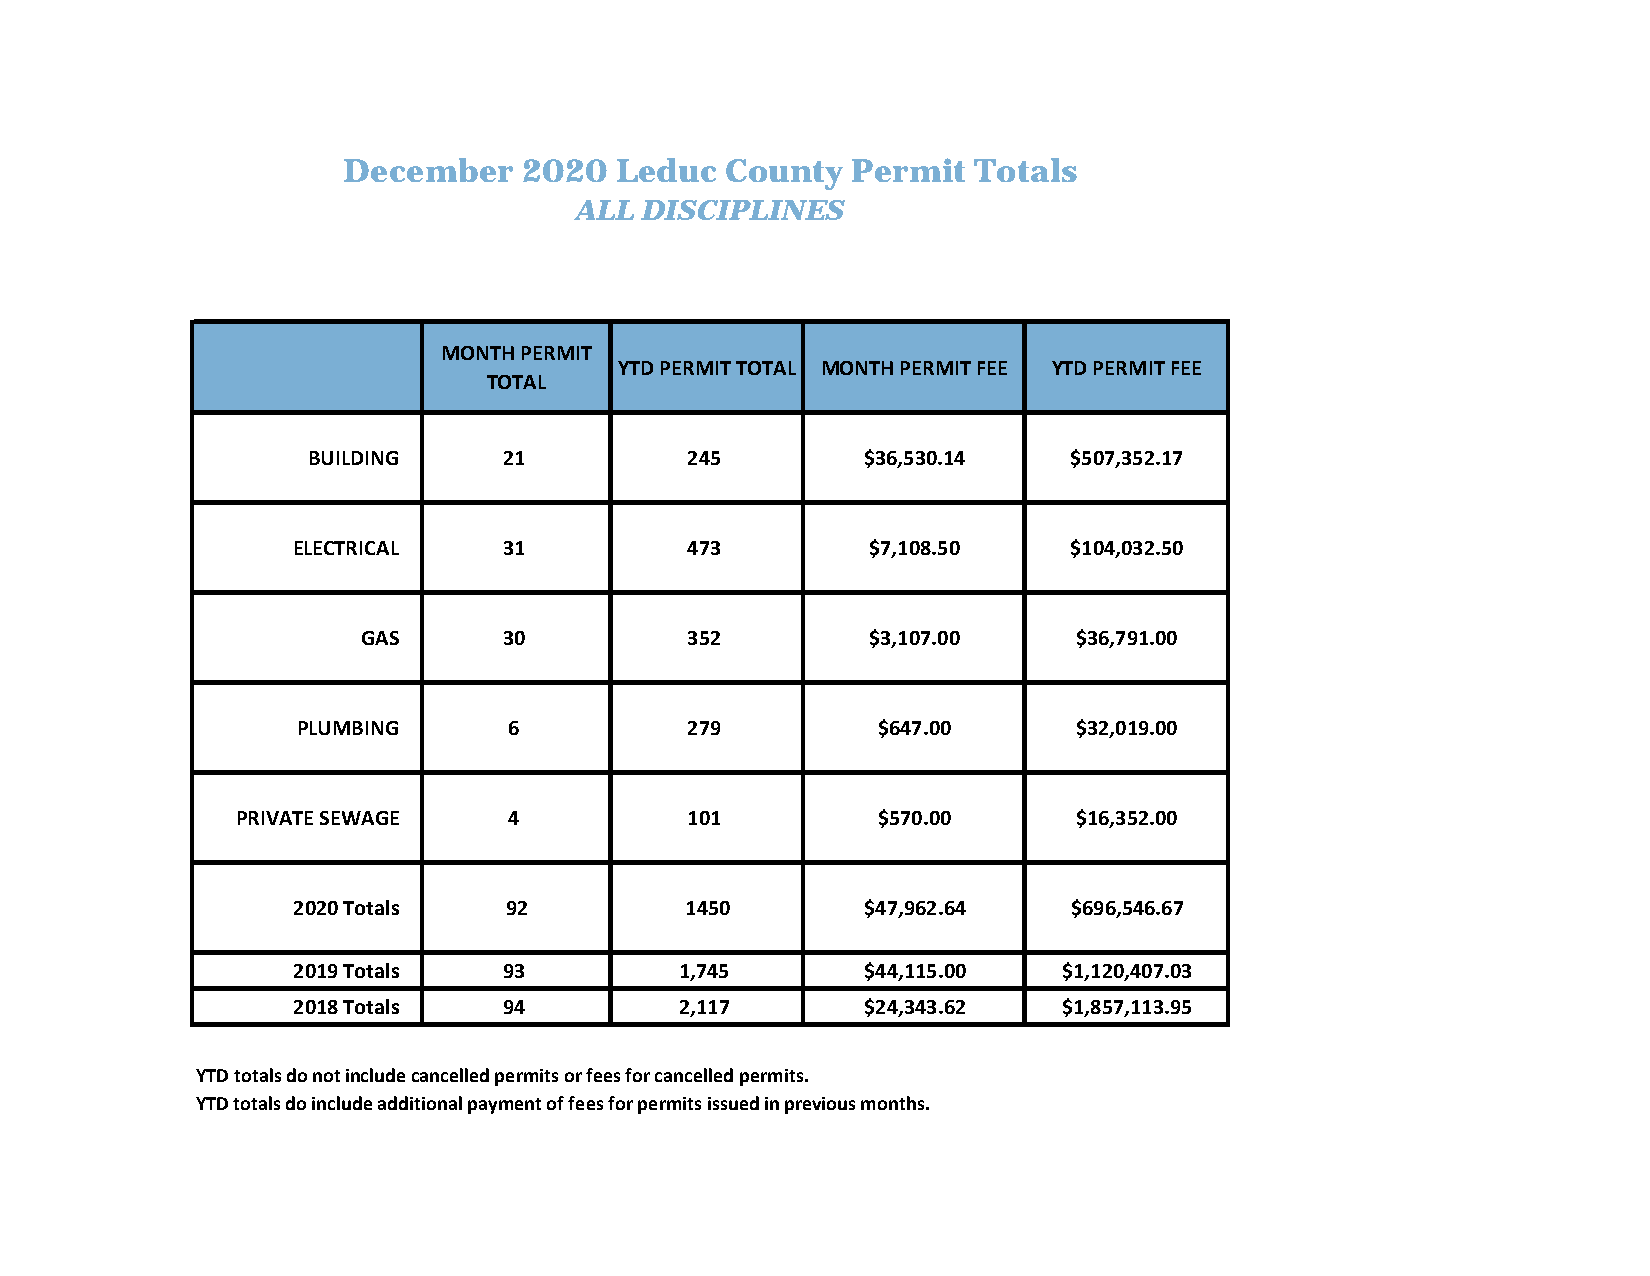
December    2020  Leduc  County   Permit  Totals
 ALL  DISCIPLINES
 MONTH PERMIT
 YTD PERMIT TOTAL MONTH PERMIT FEE YTD PERMIT FEE
 TOTAL
 BUILDING    21           245        $36,530.14    $507,352.17
 ELECTRICAL   31           473         $7,108.50    $104,032.50
 GAS      30           352         $3,107.00    $36,791.00
 PLUMBING      6           279         $647.00      $32,019.00
 PRIVATE SEWAGE    4           101         $570.00      $16,352.00
 2020 Totals   92          1450       $47,962.64    $696,546.67
 2019 Totals  93          1,745       $44,115.00   $1,120,407.03
 2018 Totals  94          2,117       $24,343.62   $1,857,113.95
 YTD totals do not include cancelled permits or fees for cancelled permits.
 YTD totals do include additional payment of fees for permits issued in previous months.